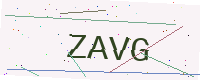
Text: ZAVG